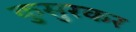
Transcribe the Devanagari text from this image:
कुसुरकर